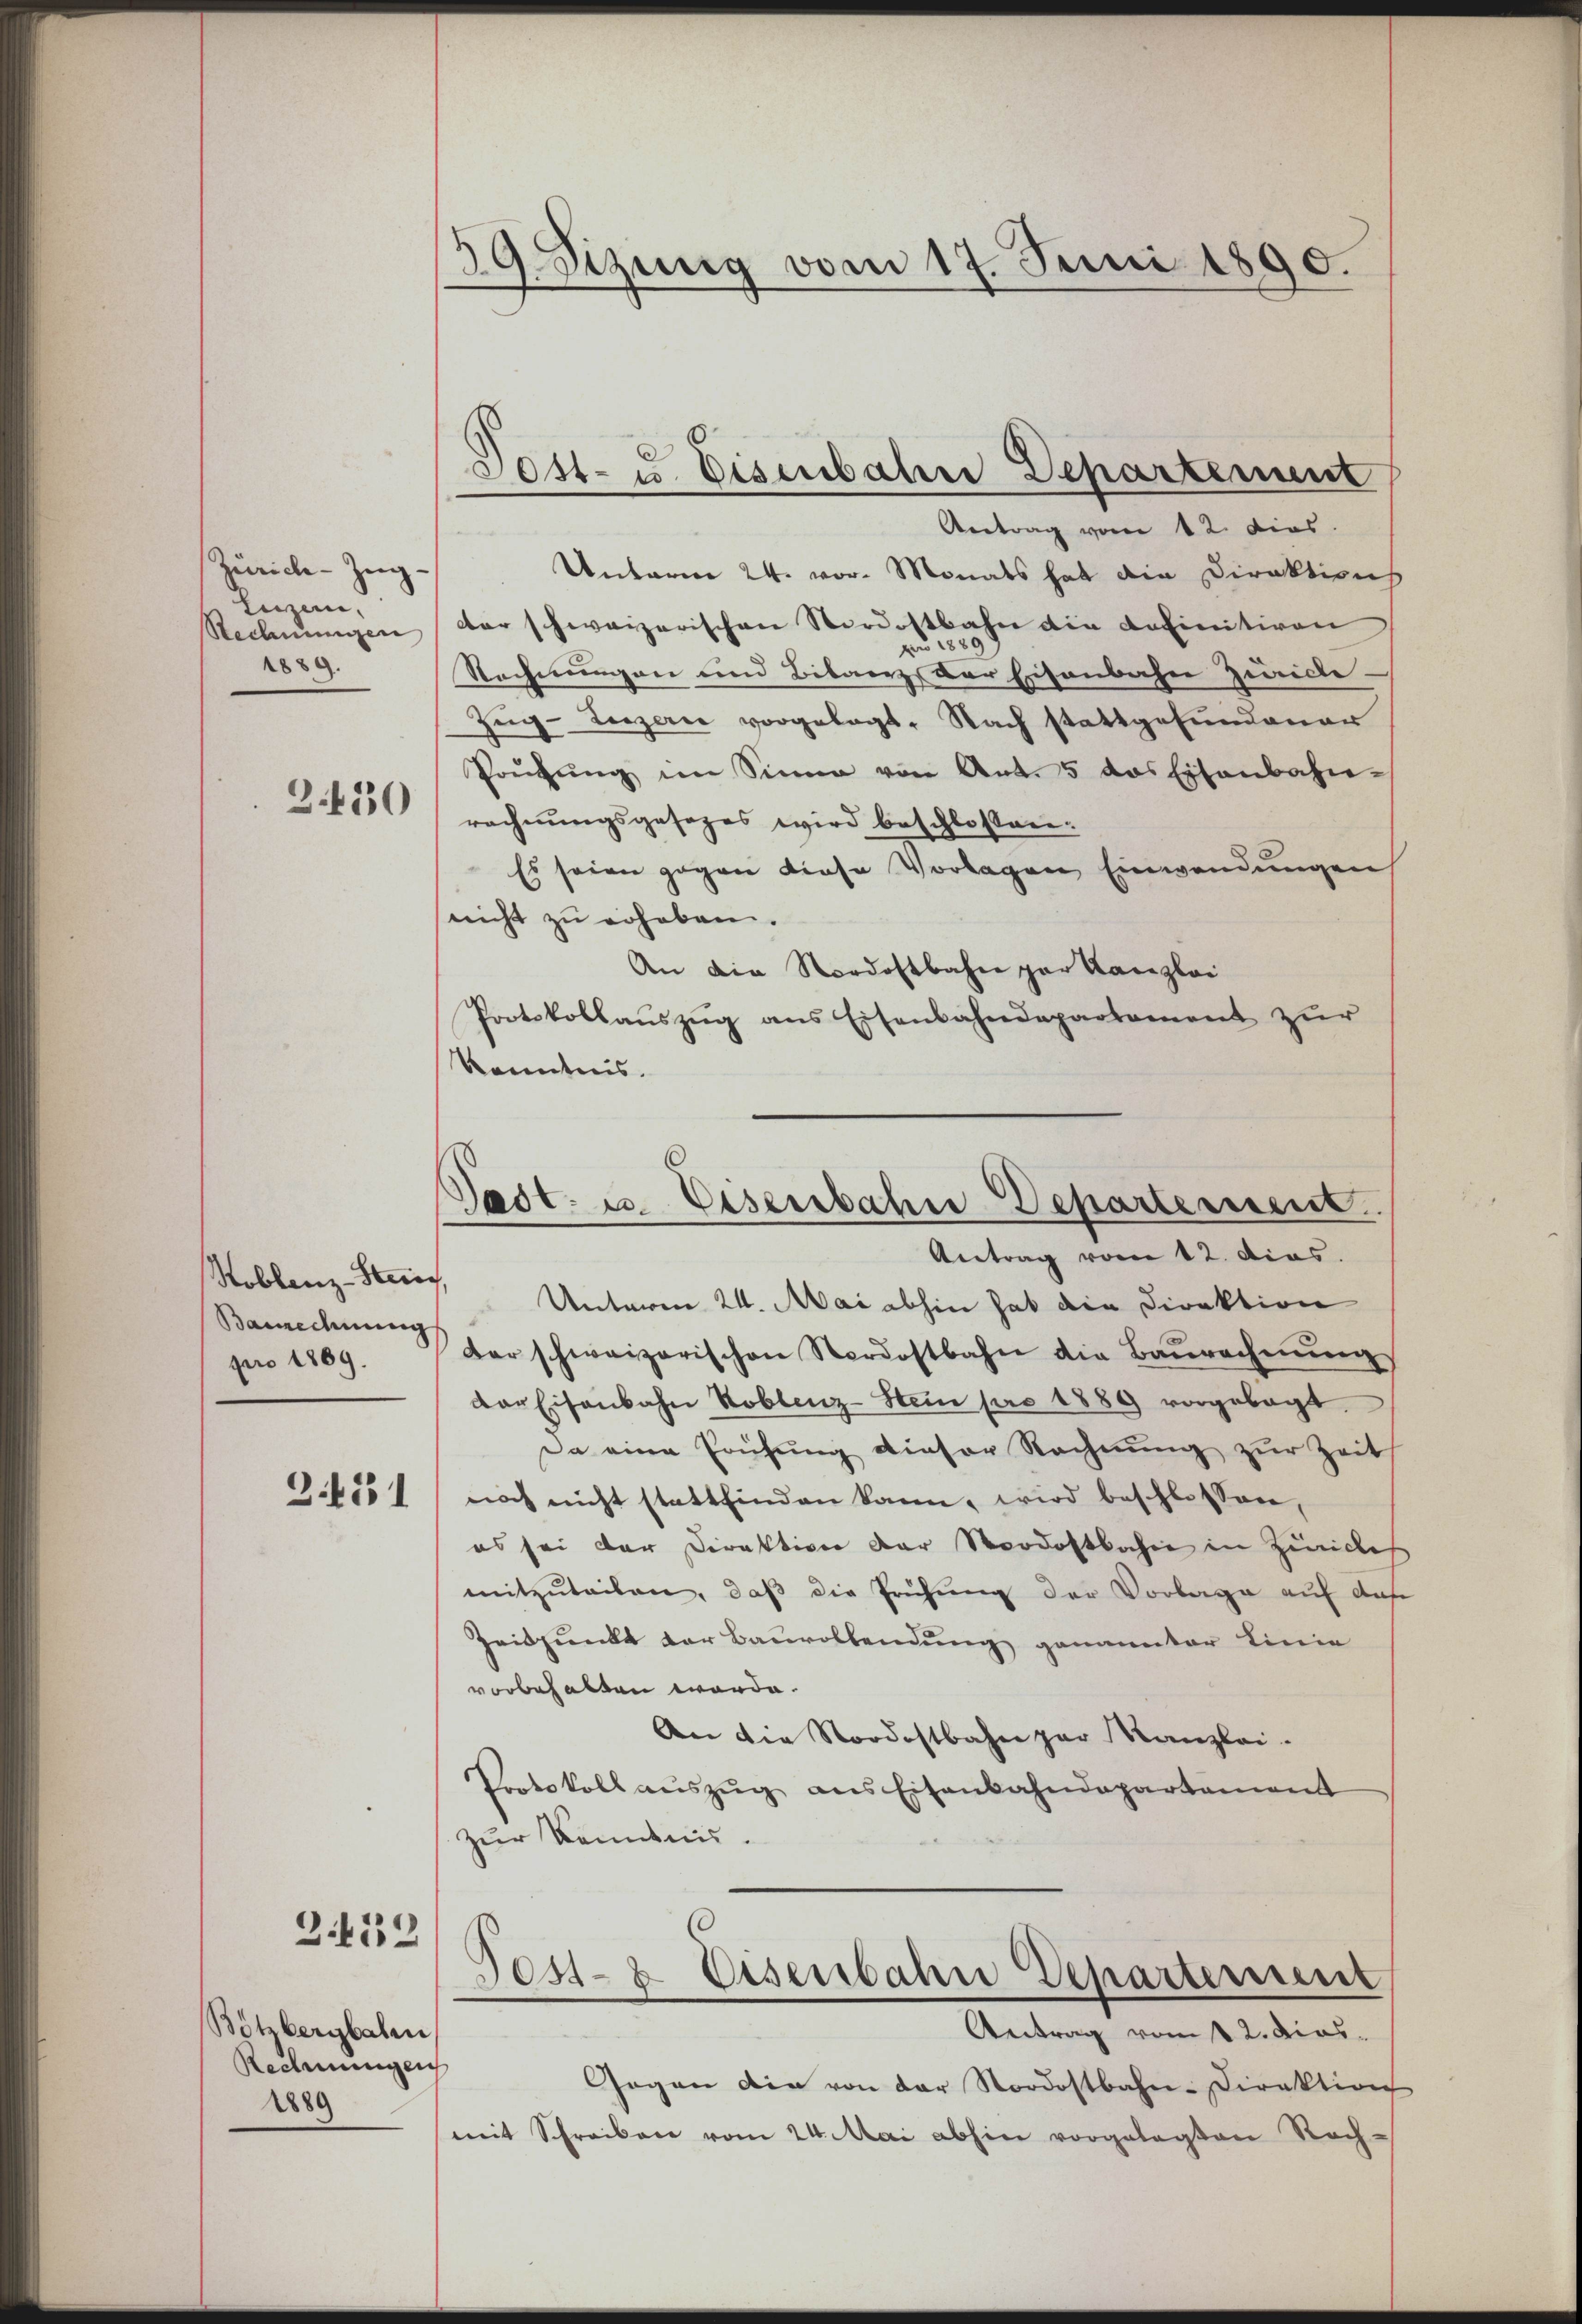
Zürich–Zug¬
Lizen,
1889.

2.430

Koblenz-Steien,
Bauredung
pro 1869.

242

2.439

Bötzbergbahn,
Redmungen
1889

19. Sizung vom 17. Juni 1890.

8
Sost- u. Eisenbahne Departement

Tadt- u. Eisenbahne Departement

Antrag vom 12. dies
Unterm 24. vor. Monats hat die Direktions
Rechnŭngen der schweizerischen Nordostbahn die Definitiven
pro 1889
Rechnungen und Bibanz, der Eisenbahn Zwicke-
Zŭg-Luzern vorgelegt. Nach stattgefundener
Prüfŭng im Sinne von Art. 5 das Eisenbahn-
rechnungsgesezes wird beschlossen:
Es seien gegen diese Vorlagen Einwendungen
nicht zu erheben.
An die Nordostbahn par Kanzlei
Protokollauszug aus Eisenbahndepartement zur
Kenntnis.

Antrag vom 12. dies
Unteren 24. Mai abhin hat die Direktion
der schweizerischen Nordostbahn die Baŭrechnŭng
der Eisenbahn Koblenz-Stein pro 1889 vorgelegt.
Da eine Frühung dieser Rechnŭng zur Zeit
noch nicht stattfinden kann, wird beschlossen,
es sei der Direktion der Nordostbahne in Züriches
mitzŭteilen, daβ die Prüfung der Vorlage auf das
Zeitpunkt der Baŭrollendŭng genannter Linie
vorbehalten worde.
An die Nordostbahn par Kanzlei.
Protokoll aŭszŭg ans Eisenbahndepartament
zur Kenntnis.
Tost- & Eisenbahn Departement
Antrag vom 12. dies
Gegen die von der Nordostbahn-Direktion
mit Schreiben vom 24. Mai abhin vorgelegten Rach-